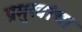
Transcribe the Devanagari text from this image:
प्रमुखांचा